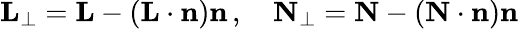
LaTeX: \mathbf{L}_{\perp}=\mathbf{L}-(\mathbf{L}\cdot\mathbf{n})\mathbf{n}\, ,\quad\mathbf{N}_{\perp}=\mathbf{N}-(\mathbf{N}\cdot\mathbf{n})\mathbf{n}